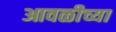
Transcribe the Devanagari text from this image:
आवळीच्या